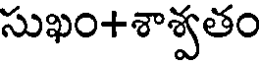
సుఖం+శాశ్వతం